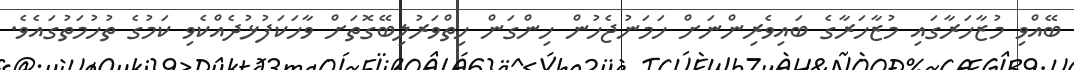
ބޭއްވި މުޒާހަރާގައި މުޒާހަރާގެ ބައިވެރިންނަށް ހަމަނުޖެހުން ހިންގަން ހިތްވަރުލިބޭގޮތަށް ވާހަކަފުޅުދެއްކެވި ކަމުގެ ތުހުމަތުގައެވެ.